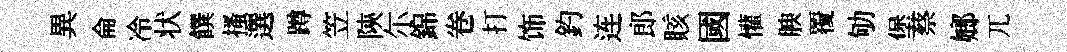
異侖冷状饌搔選蹲笠陝尓錦卷打饰釣连郎賅國懽腴覆劬堡蔡嫏兀